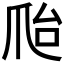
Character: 𰟽